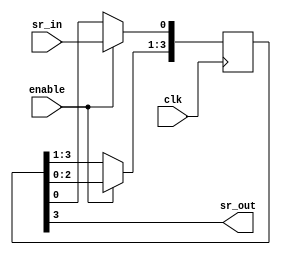
// Quartus Prime Verilog Template
// One-bit wide, N-bit long shift register

module basic_shift_register 
	#(parameter N=4)				// 4-bit register
(
	input clk, enable,
	input sr_in,
	output sr_out
);

	// Declare the shift register
	reg [N-1:0] sr;

	// Shift everything over, load the incoming bit
	always @ (posedge clk)
	begin
		if (enable == 1'b1)
		begin
			sr[N-1:1] <= sr[N-2:0];
			sr[0] <= sr_in;
		end
	end

	// Catch the outgoing bit
	assign sr_out = sr[N-1];

endmodule